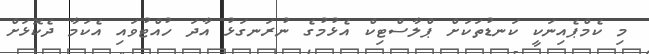
މި ކެމްޕެއިނަކީ ކަނޑުތަކަށް ޕްލާސްޓިކް އެޅުމުގެ ނުރަނގަޅު އާދަ ހުއްޓުވައި އެކަމާ ދެކޮޅަށް